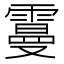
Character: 𩅍